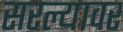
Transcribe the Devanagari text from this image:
सरल्यावर